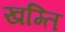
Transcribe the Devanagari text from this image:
खम्ति